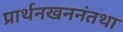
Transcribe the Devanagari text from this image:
प्रार्थनखननंतथा